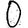
Digit: 0